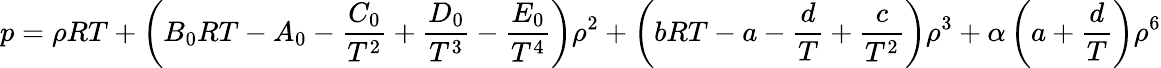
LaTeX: p=\rho RT+\left(B_{0}RT-A_{0}-{\frac{C_{0}}{T^{2}}}+{\frac{D_{0}}{T^{3}}}-{\frac{E_{0}}{T^{4}}}\right)\rho^{2}+\left(bRT-a-{\frac{d}{T}}+{\frac{c}{T^{2}}}\right)\rho^{3}+\alpha\left(a+{\frac{d}{T}}\right)\rho^{6}